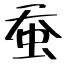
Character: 蚕